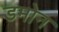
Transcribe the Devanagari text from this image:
डमोन